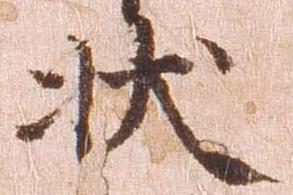
状